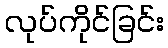
လုပ်ကိုင်ခြင်း